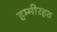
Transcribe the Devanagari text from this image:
हम्मीरहठ